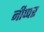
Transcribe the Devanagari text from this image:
नीप्पर